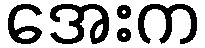
အေးက